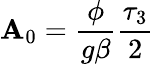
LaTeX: \mathbf{A}_{0}={\frac{{\phi}}{{{g\beta}}}}\frac{{\tau_{3}}}{{2}}